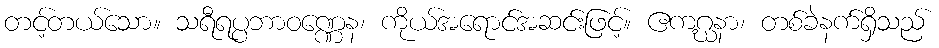
တင့်တယ်သော။ သရီရပ္ပဘာဝဏ္ဏေန၊ ကိုယ်အရောင်အဆင်းဖြင့်။ ဧကဂ္ဃနာ၊ တစ်ခဲနက်ရှိသည်